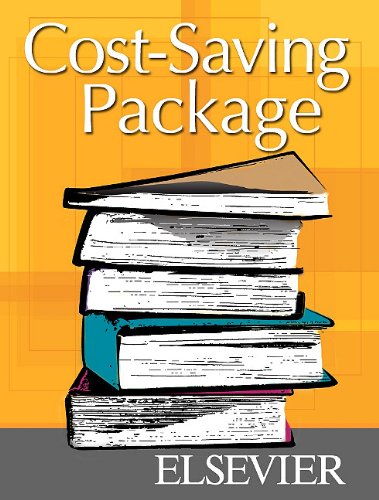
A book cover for Nutrition Concepts Online for Foundations and Clinical Applications of Nutrition (Access Code and Textbook Package): A Nursing Approach, 5e; Michele Grodner EdD  CHES; Medical Books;